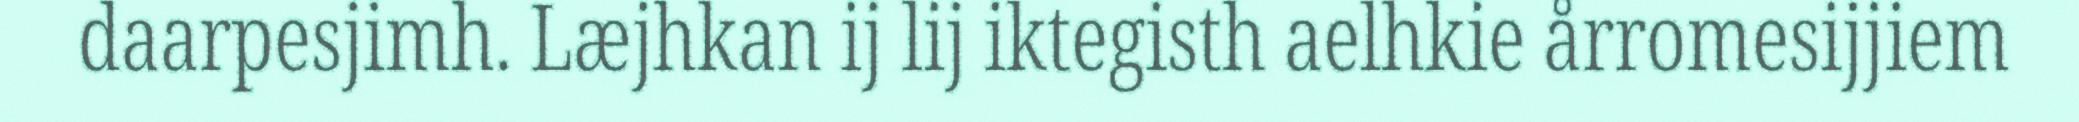
daarpesjimh. Læjhkan ij lij iktegisth aelhkie årromesijjiem